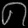
Digit: ၈